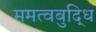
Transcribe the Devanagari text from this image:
ममत्वबुद्धि